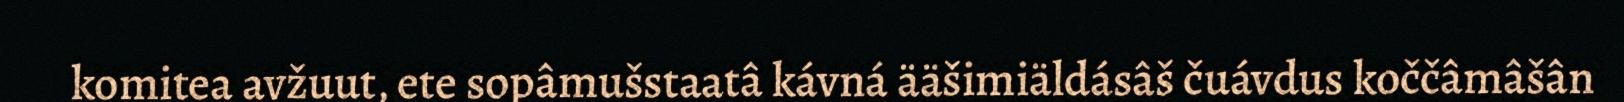
komitea avžuut, ete sopâmušstaatâ kávná ääšimiäldásâš čuávdus koččâmâšân